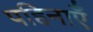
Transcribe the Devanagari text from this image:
पहिनाएँ